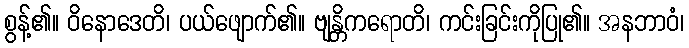
စွန့်၏။ ဝိနောဒေတိ၊ ပယ်ဖျောက်၏။ ဗျန္တိကရောတိ၊ ကင်းခြင်းကိုပြု၏။ အနဘာဝံ၊